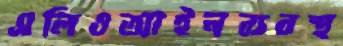
এলিওআইনব্যবস্থ